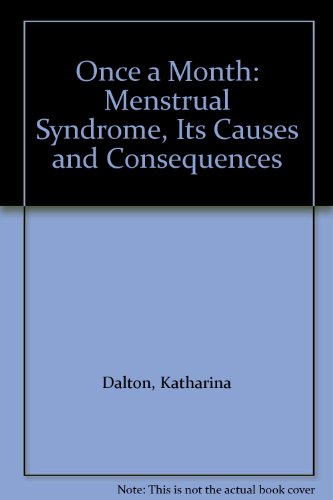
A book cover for Once a Month: Menstrual Syndrome, Its Causes and Consequences; Katharina Dalton; Health, Fitness & Dieting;